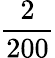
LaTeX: \frac{2}{200}